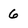
Character: 6